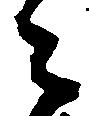
之